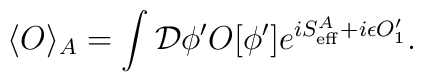
\langle O\rangle_A=\int{\cal D}\phi^\prime O[\phi^\prime]e^{iS^A_{\rm eff}+i\epsilon O_1^\prime}.